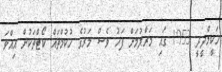
ހަކީމްދީދީ 1953 ގައި މަރާލުމަށް ފަހު ވެސް މަރުގެ ހުކުމްތައް ކޯޓްތަކުން އިއްވަ